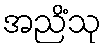
အညိံသု